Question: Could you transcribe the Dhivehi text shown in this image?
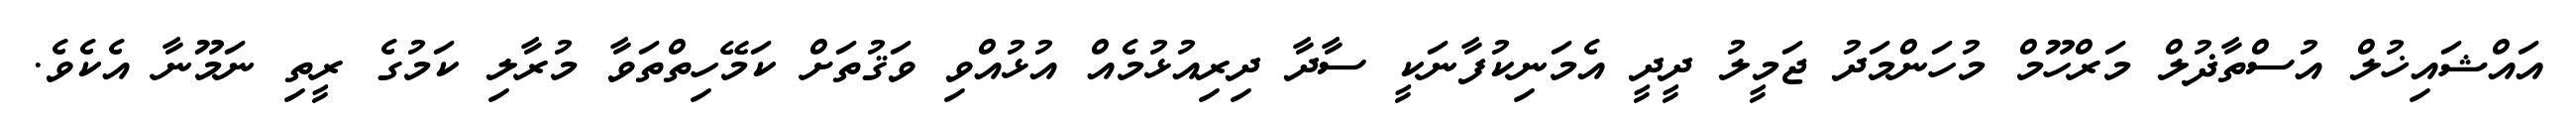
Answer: އައްޝައިޚުލް އުސްތާޛުލް މަރްހޫމް މުހަންމަދު ޖަމީލު ދީދީ އެމަނިކުފާނަކީ ސާދާ ދިރިއުޅުމެއް އުޅުއްވި ވަޤުތަށް ކަމޭހިތްތަވާ މުރާލި ކަމުގެ ރީތި ނަމޫނާ އެކެވެ.